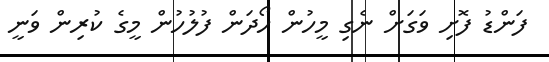
ފަންޑު ފޮށި ވަގަށް ނެގި މީހުން ހޯދަން ފުލުހުން މީގެ ކުރިން ވަނީ